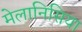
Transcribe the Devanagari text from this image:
मेलानिसिया